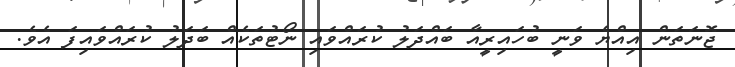
ޖޮނަތަން އިއްޔެ ވަނީ ބުހައިރީއާ ބައްދަލު ކުރައްވައި ނޯޓުތަކެއް ބަދަލު ކުރައްވައިފަ އެވެ.